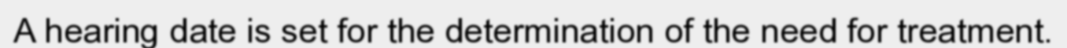
A hearing date is set for the determination of the need for treatment.